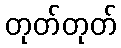
တုတ်တုတ်